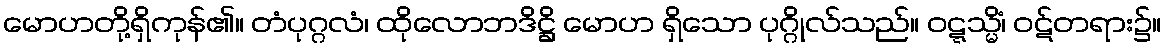
မောဟတို့ရှိကုန်၏။ တံပုဂ္ဂလံ၊ ထိုလောဘဒိဋ္ဌိ မောဟ ရှိသော ပုဂ္ဂိုလ်သည်။ ဝဋ္ဋသ္မိံ၊ ဝဋ်တရား၌။